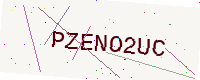
Text: PZENO2UC